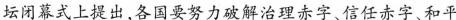
坛闭幕式上提出，各国要努力破解治理赤字、信任赤字、和平